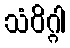
သံဝိဂ္ဂါ